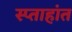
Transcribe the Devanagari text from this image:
स्प्ताहांत